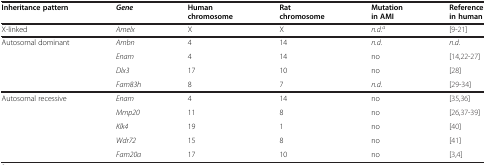
<table><thead><tr><td><b>Inheritance pattern</b></td><td><b><i>Gene</i></b></td><td><b>Human chromosome</b></td><td><b>Rat chromosome</b></td><td><b>Mutation in AMI</b></td><td><b>Reference in human</b></td></tr></thead><tbody><tr><td>X-linked</td><td><i>Amelx</i></td><td>X</td><td>X</td><td><i>n.d.</i><sup><i>a</i></sup></td><td>[9-21]</td></tr><tr><td>Autosomal dominant</td><td><i>Ambn</i></td><td>4</td><td>14</td><td><i>n.d.</i></td><td><i>n.d.</i></td></tr><tr><td> </td><td><i>Enam</i></td><td>4</td><td>14</td><td>no</td><td>[14,22-27]</td></tr><tr><td> </td><td><i>Dlx3</i></td><td>17</td><td>10</td><td>no</td><td>[28]</td></tr><tr><td> </td><td><i>Fam83h</i></td><td>8</td><td>7</td><td><i>n.d.</i></td><td>[29-34]</td></tr><tr><td>Autosomal recessive</td><td><i>Enam</i></td><td>4</td><td>14</td><td>no</td><td>[35,36]</td></tr><tr><td> </td><td><i>Mmp20</i></td><td>11</td><td>8</td><td>no</td><td>[26,37-39]</td></tr><tr><td> </td><td><i>Klk4</i></td><td>19</td><td>1</td><td>no</td><td>[40]</td></tr><tr><td> </td><td><i>Wdr72</i></td><td>15</td><td>8</td><td>no</td><td>[41]</td></tr><tr><td> </td><td><i>Fam20a</i></td><td>17</td><td>10</td><td>no</td><td>[3,4]</td></tr></tbody></table>